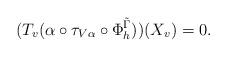
LaTeX: \begin{align*}(T_v(\alpha \circ \tau_{V\alpha} \circ \Phi_{h}^{\tilde{\Gamma}}))(X_v) = 0.\end{align*}